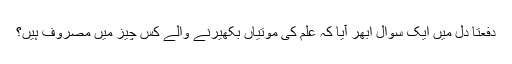
دفعتَا دل میں ایک سوال ابھر آیا کہ علم کی موتیاں بکھیرنے والے کس چیز میں مصروف ہیں؟